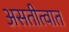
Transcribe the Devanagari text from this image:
असतीत्वात